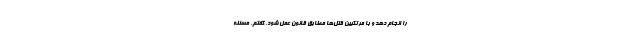
را انجام دهد و با مرتكبین قتل‌ها مطابق قانون عمل شود. گفتم، مسئله